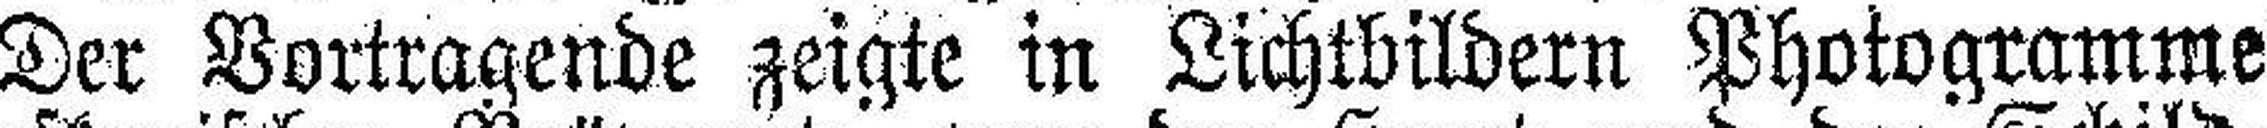
Der Vortragende zeigte in Lichtbildern Photogramme